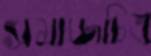
সমাজচিত্র